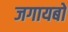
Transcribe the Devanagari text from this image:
जगायबो